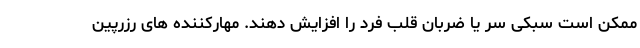
ممکن است سبکی سر یا ضربان قلب فرد را افزایش دهند. مهارکننده های رزرپین